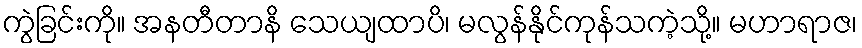
ကွဲခြင်းကို။ အနတီတာနိ သေယျထာပိ၊ မလွန်နိုင်ကုန်သကဲ့သို့။ မဟာရာဇ၊